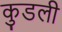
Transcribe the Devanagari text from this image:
कुडली